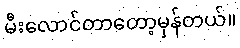
မီးလောင်တာတော့မှန်တယ်။